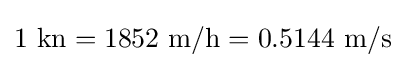
1~{\textrm {kn}}=1852~{\textrm {m/h}}=0.5144~{\textrm {m/s}}